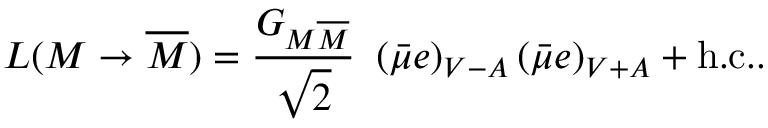
{ \cal L } ( M \rightarrow \overline { { { M } } } ) = { \frac { G _ { M \overline { { { M } } } } } { \sqrt { 2 } } } ~ \left( \bar { \mu } e \right) _ { V - A } \left( \bar { \mu } e \right) _ { V + A } + \mathrm { h . c . } .